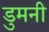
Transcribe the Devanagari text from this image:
डुमनी